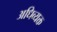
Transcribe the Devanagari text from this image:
अधिव्यक्त